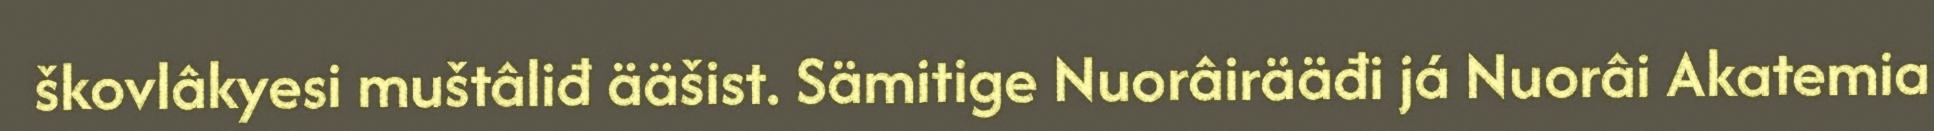
škovlâkyesi muštâliđ ääšist. Sämitige Nuorâirääđi já Nuorâi Akatemia